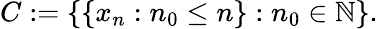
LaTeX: C:=\{ \{ x_{n}:n_{0}\leq n\} :n_{0}\in\mathbb{N}\} .